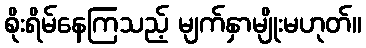
စိုးရိမ်နေကြသည့် မျက်နှာမျိုးမဟုတ်။